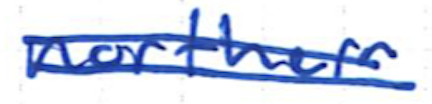
Text: northern
Cross-out: double-line
Writing tool: ballpoint